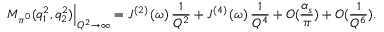
\left. M _ { \pi ^ { 0 } } ( q _ { 1 } ^ { 2 } , q _ { 2 } ^ { 2 } ) \right\vert _ { Q ^ { 2 } \rightarrow \infty } = J ^ { ( 2 ) } \left( \omega \right) \frac { 1 } { Q ^ { 2 } } + J ^ { ( 4 ) } \left( \omega \right) \frac { 1 } { Q ^ { 4 } } + O ( \frac { \alpha _ { s } } { \pi } ) + O ( \frac { 1 } { Q ^ { 6 } } ) .